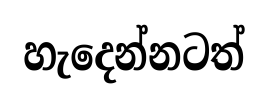
හැදෙන්නටත්